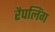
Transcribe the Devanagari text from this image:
रैपलिंग